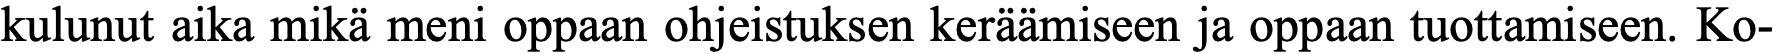
kulunut aika mikä meni oppaan ohjeistuksen keräämiseen ja oppaan tuottamiseen. Ko-